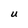
Character: U